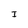
Character: I